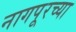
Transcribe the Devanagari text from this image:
नागपूरच्‍या